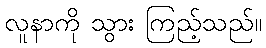
လူနာကို သွား ကြည့်သည်။